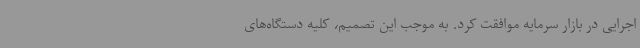
اجرایی در بازار سرمایه موافقت کرد. به موجب این تصمیم، کلیه دستگاه‌های